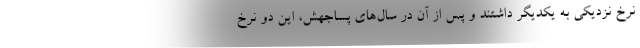
نرخ نزدیکی به یکدیگر داشتند و پس از آن در سال‌های پساجهش، این دو نرخ